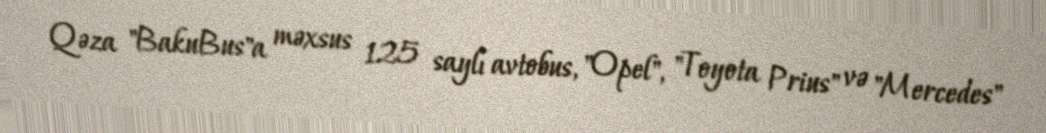
Qəza "BakuBus"a məxsus 125 saylı avtobus, "Opel", "Toyota Prius" və "Mercedes"